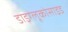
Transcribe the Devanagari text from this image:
डाइग्लूकोसाइड